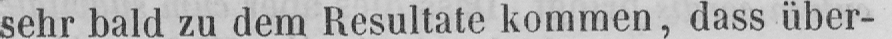
sehr bald zu dem Resultate kommen, dass über-